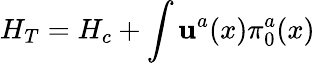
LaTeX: H_{T}=H_{c}+\int\mathbf{u}^{a}(x)\pi_{0}^{a}(x)